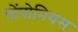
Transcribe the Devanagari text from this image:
पोंपोनियस